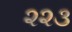
૨૨૩